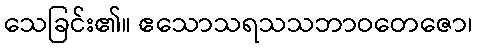
သေခြင်း၏။ ဧသောသရသသဘာဝတေဇော၊